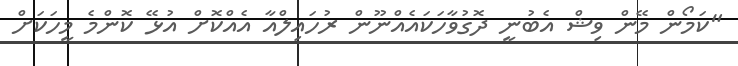
"ކަމޯން މޭން ވިޝް އެބުނީ ދޮގުވާހަކައެއްނޫން ރުހައިލްއާ އެއްކޮށް އުޅޭ ކޮންމެ މީހަކަށް